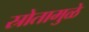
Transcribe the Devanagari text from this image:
स्रोतामुळे